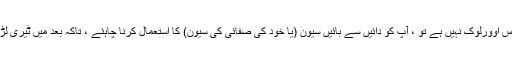
اگر آپ کے پاس اوورلوک نہیں ہے تو ، آپ کو دائیں سے بائیں سیون (یا خود کی صفائی کی سیون) کا استعمال کرنا چاہئے ، تاکہ بعد میں ٹیری لڑھک نہ سکے۔